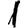
Digit: 1